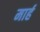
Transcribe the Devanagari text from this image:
मार्ह